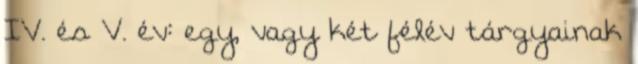
IV. és V. év: egy, vagy két félév tárgyainak